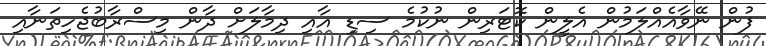
ފުން ނޭވާއެއްލަމުން އެލީން ކޮޓަރިން ނުކުމެ ސިޑި އާއި ދިމާލަށް ދާން މިސްރާބުޖެހިތަނާއި